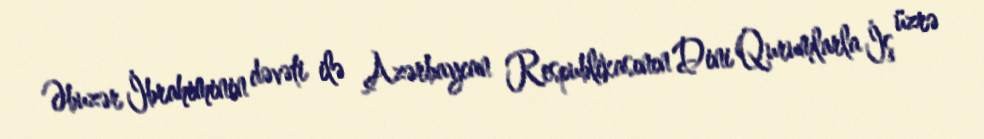
Əbuzər İbrahiminin dəvəti ilə Azərbaycan Respublikasının Dini Qurumlarla İş üzrə